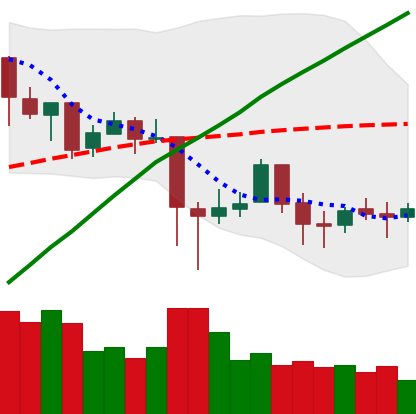
Ticker: BTC-USD
Chart end date: 2018-01-27
Forward return: -19.843%
Label: down_7plus